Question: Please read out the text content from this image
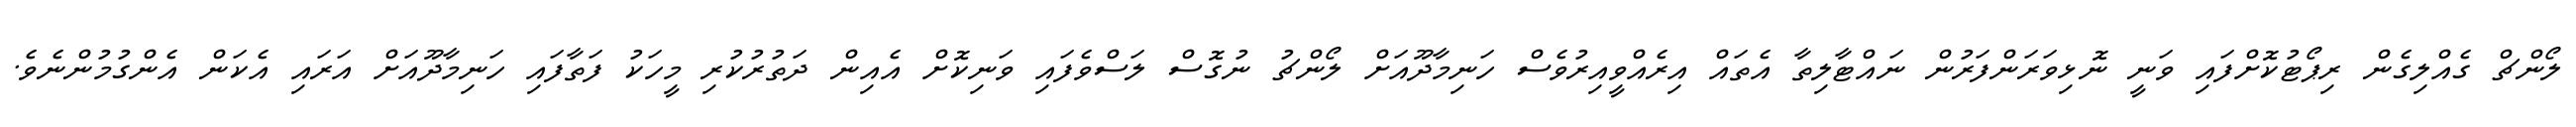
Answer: ލޯންޗް ގެއްލިގެން ރިޕޯޓުކޮށްފައި ވަނީ ނޮޅިވަރަންފަރުން ނައްޓާލިތާ އެތައް އިރެއްވީއިރުވެސް ހަނިމާދޫއަށް ލޯންޗު ނުގޮސް ލަސްވެފައި ވަނިކޮށް އެއިން ދަތުރުކުރި މީހަކު ފަތާފައި ހަނިމާދޫއަށް އަރައި އެކަން އެންގުމުންނެވެ.